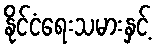
နိုင်ငံရေးသမားနှင့်